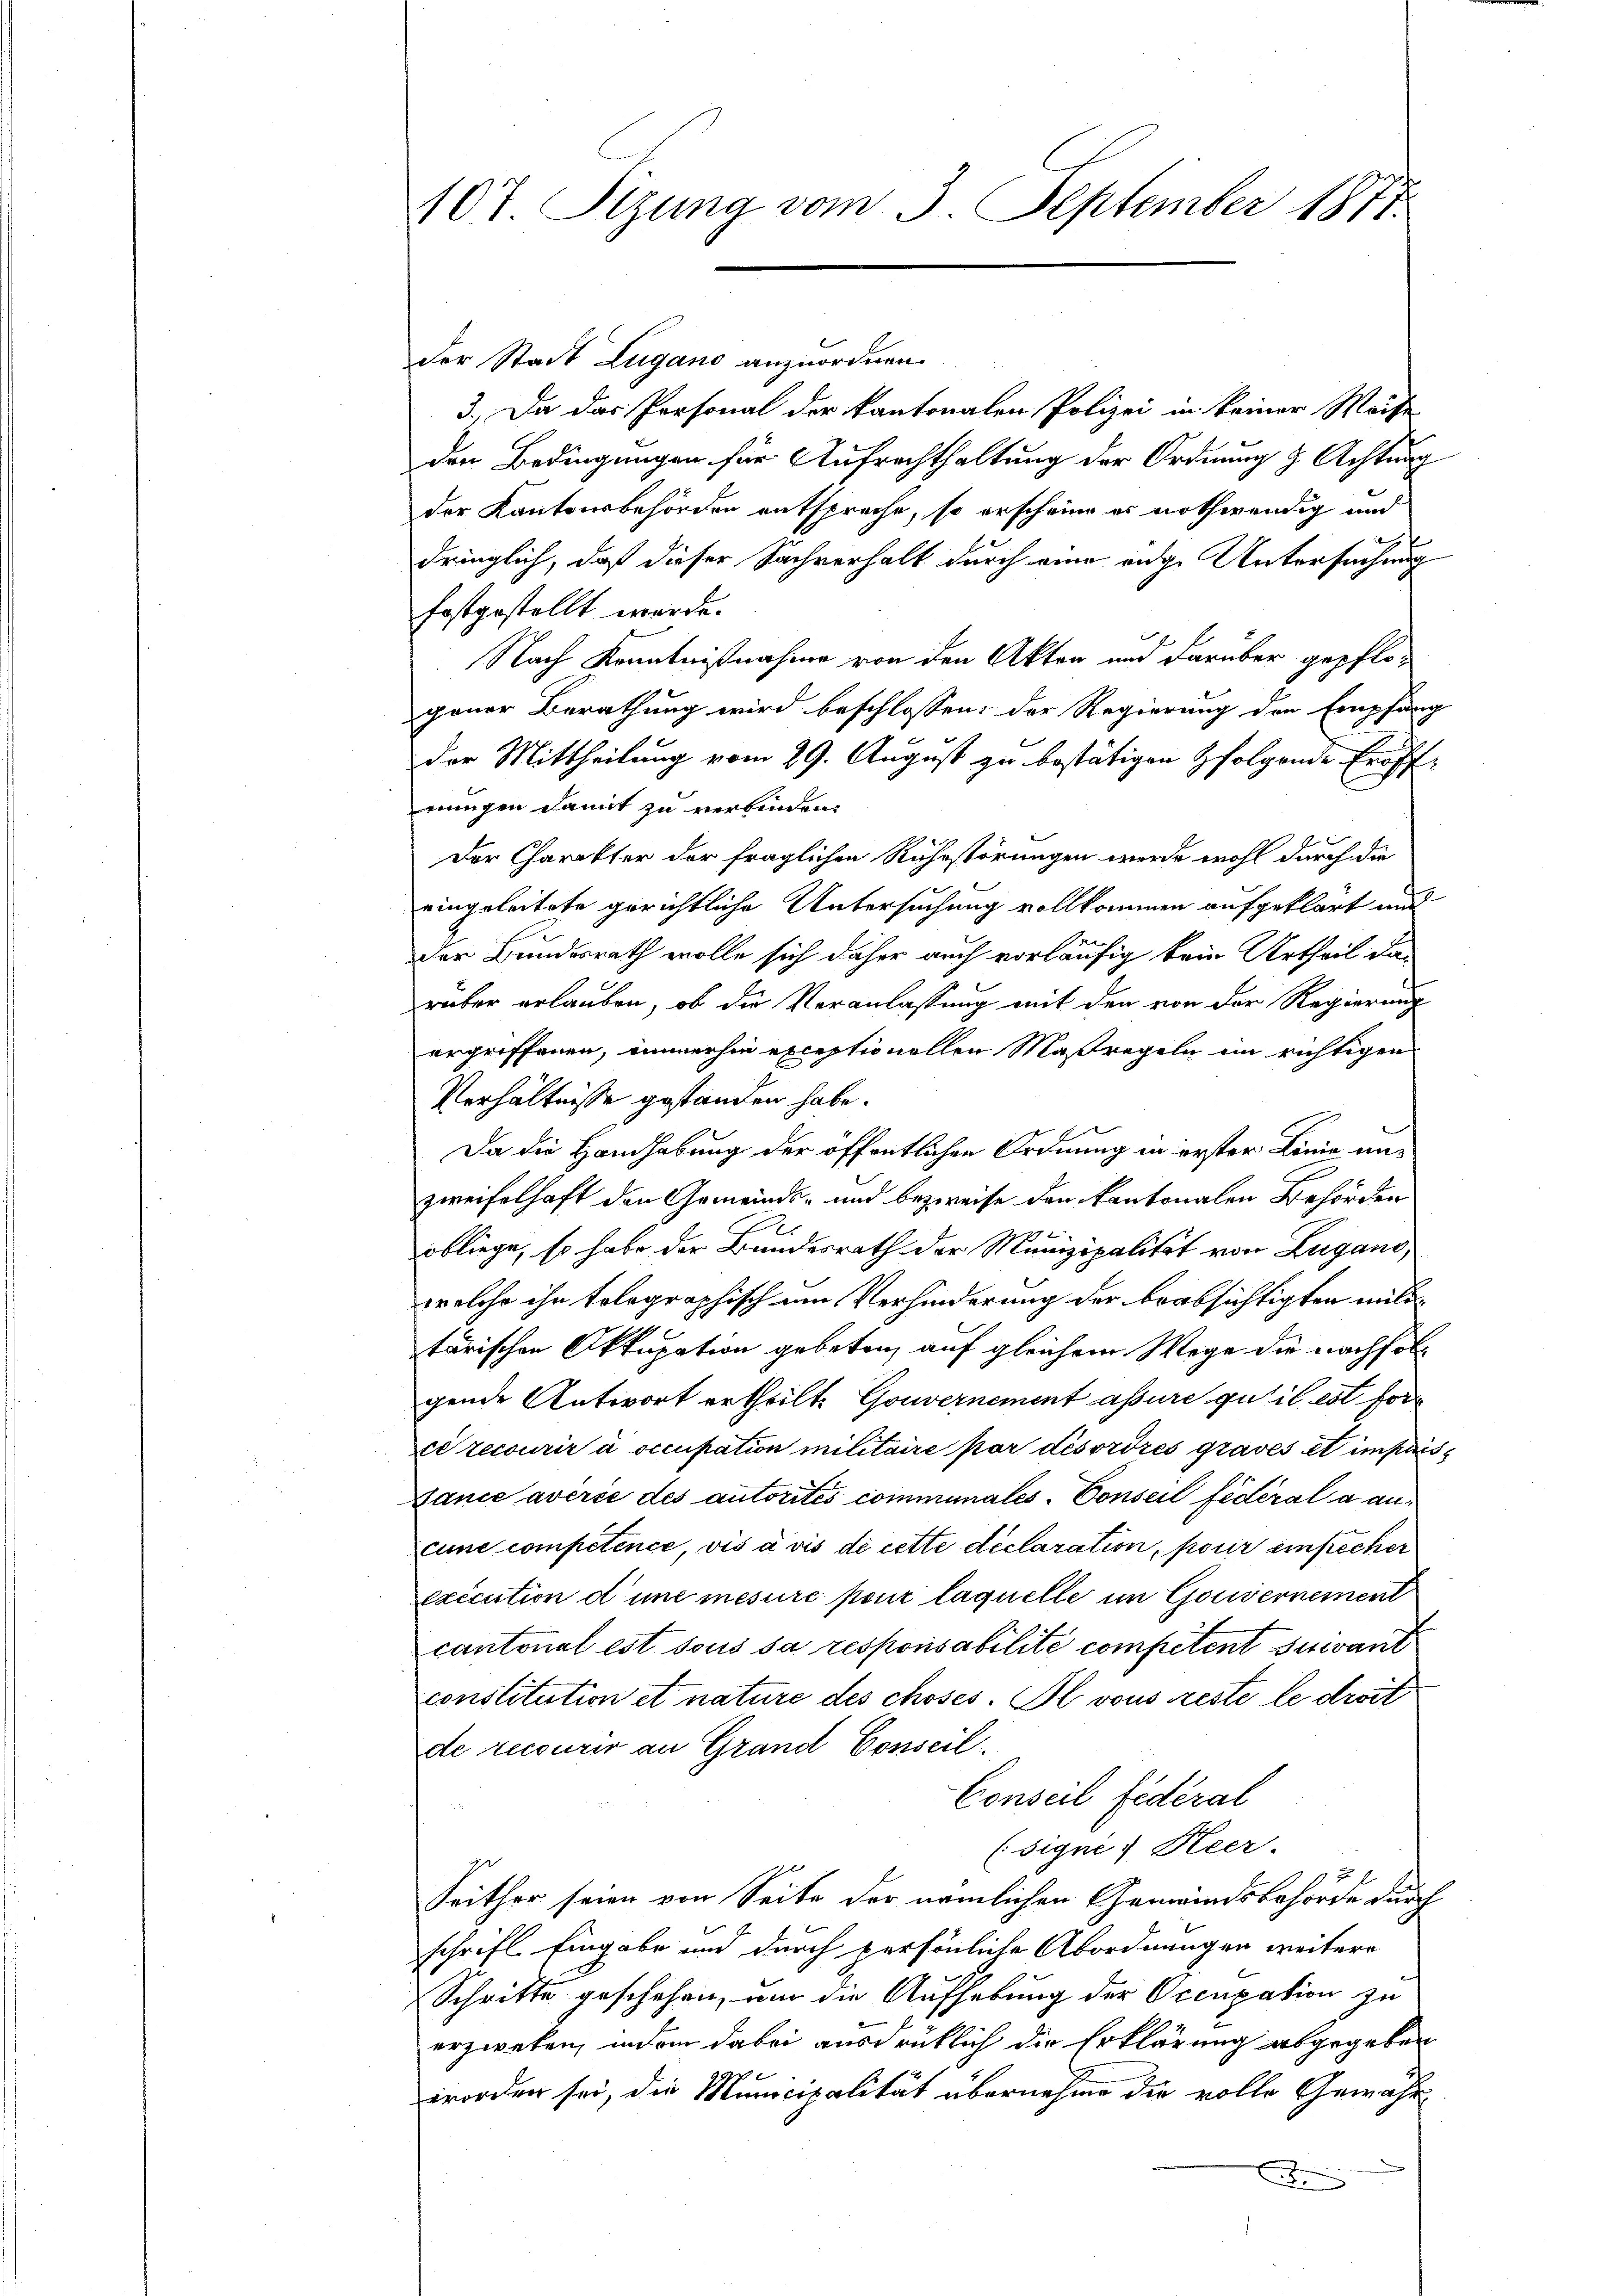
107 Stzung vom 3. September 1877.

der Stadt Lugano anzuordnen.
3.) Da das Personal der kantonalen Polizei in keiner Weise
den Bedingungen für Aufrechthaltung der Ordnung d. Achtung
der Kantonsbehörden entspreche, so erscheine er nothwendig und
u
t
dringlich, daß dieser Sachverhalt durch eine eige Untersuchung
festgestellt werde.
Nach Kenntnißnahme von den Akten und darüber gepflogener Berathung wird beschlossen: der Regierung den Empfang
der Mittheilung vom 29. August zu bestätigen folgende Eröffrungen damit zu verbinden.
Der Charakter der fraglichen Ruhestörungen werde wohl durch die
eingeleitete gerichtliche Untersuchung vollkommen aufgeklärt und
der Bundesrath wolle sich daher auch vorläufig kein Urtheil das
rüber erlauben, ob die Veranlassung mit den von der Regierung
ergriffenen, immerhin exceptionellen Maßregeln im richtigen
Verhältnisse gestanden habe.
Da die Handhabung der öffentlichen Ordnung in erster Linie unzweifelhaft den Gemeinds- und bezweife den kantonalen Behörden
.
obliege, so habe der Bundesrath der Munizipalität von Zugano,
welche ihn tolographisch um Verhinderung der beabsichtigten mittärischen Aktupation gebeten, auf gleichem Wege die nachfolgende Antwort ertheilt. Gouvernement assure gutil est for
ci recourir à occupation militaire par désordres graves et impris
Bance averie des autorités communales. Conseil fédéral a ancune competence, vis à vis de cette déclaration, pour einfacher
exécution d’une mesure pour laquelle im Gouvernement
cantonal est sous sa responsabilité competent suivant
constitution et nature des choses. Il vous reste le droit
de recourir an Grand Conseil.
Conseil fédéral
(signe. Keer.
u
Seither seien von Seite der nämlichen Gemeindsbehörde durch
schrift. Eingabe und durch persönliche Abordnungen weitere
Schritte geschehen, um die Aufhebung der Occupation zu
erzweken, indem dabei ausdrücklich die Erklärung abgegeben
worden sei, die Municipalität übernehme die volle Gewähr-
.